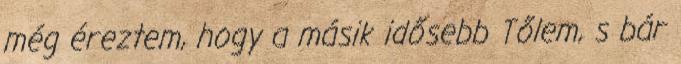
még éreztem, hogy a másik idősebb Tőlem, s bár